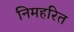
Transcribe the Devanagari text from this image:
निमहरित